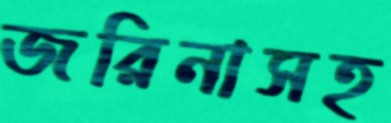
জরিনাসহ